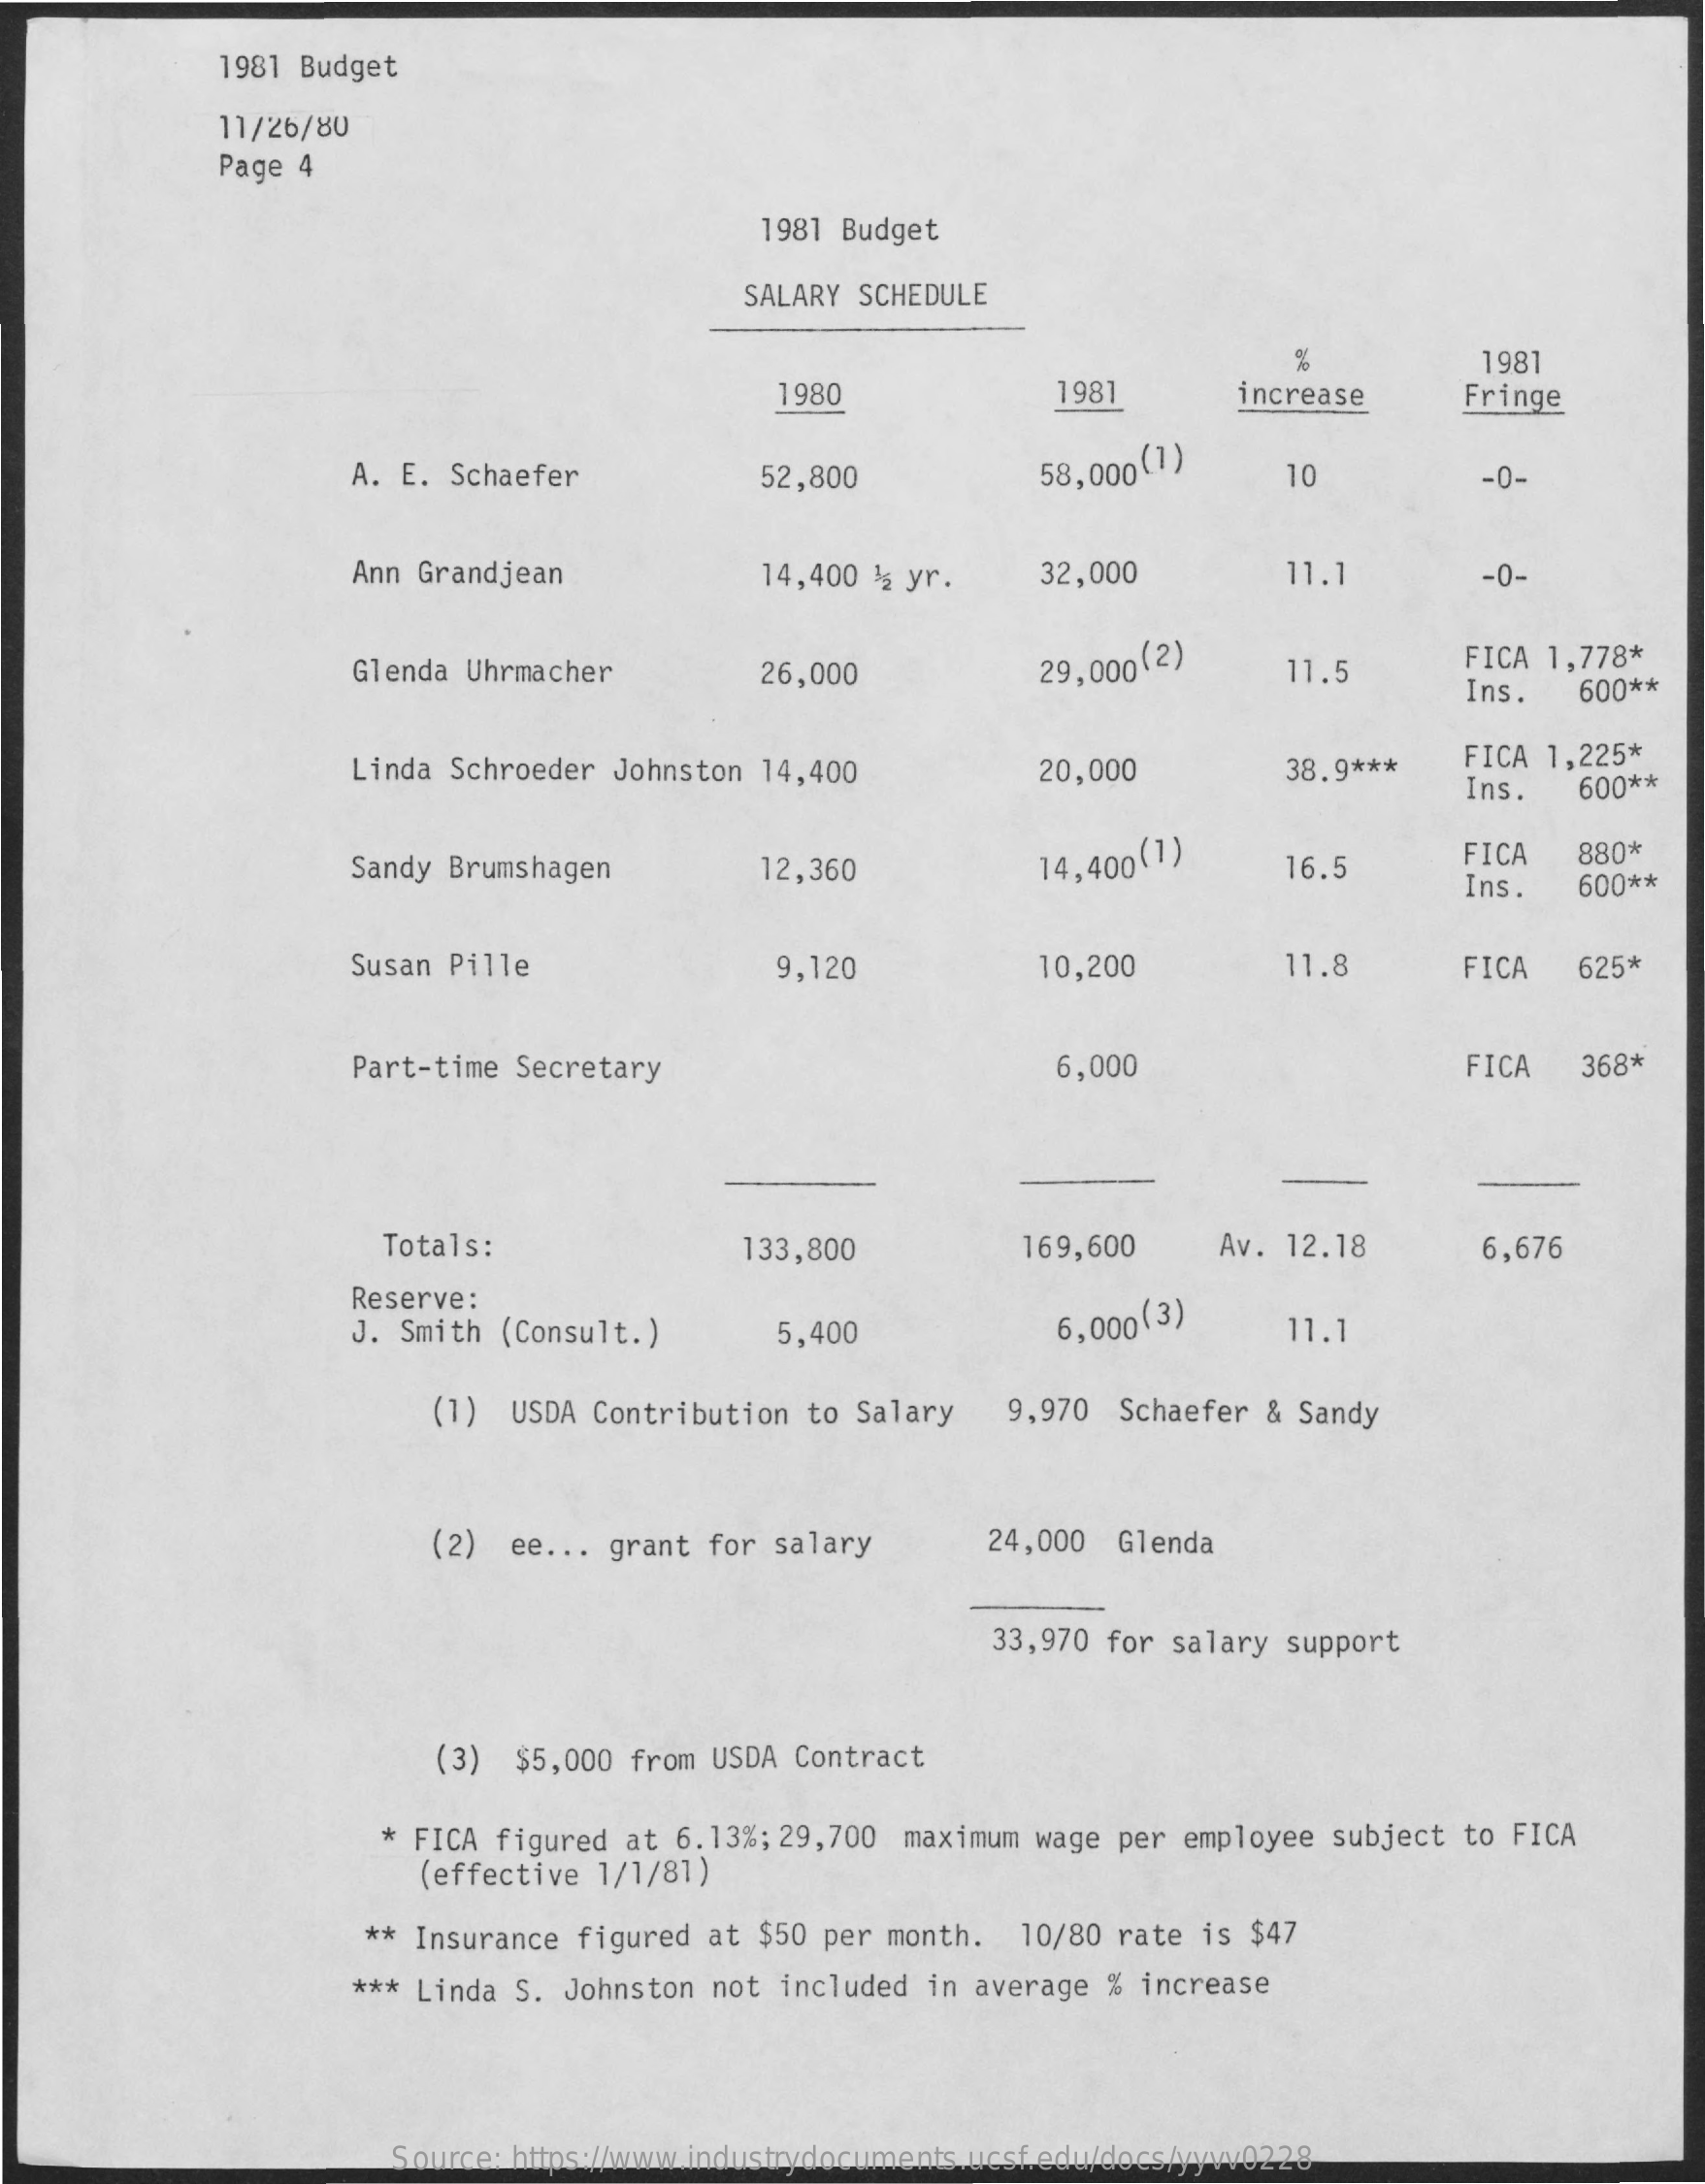
1981 Budget
     11/26/80
     Page 4
     1981 Budget
     SALARY SCHEDULE
     %    1981
     1980    1981    increase    Fringe
     A. E. Schaefer    52,800    58,000(1)    10    -0-
     Ann Grandjean    14,400 % yr.  32,000    11.1    -0-
     Glenda Uhrmacher    26,000    29,000 (2)   11.5    FICA 1,778*
     Ins. 600 **
     Linda Schroeder Johnston 14,400    20,000    38.9 *** FICA 1,225*
     Ins. 600 **
     Sandy Brumshagen    12,360    14,400 (1)   16.5    FICA 880*
     Ins.  600 **
     Susan Pille    9,120    10,200    11.8    FICA 625*
     Part-time Secretary    6,000    FICA  368*
     Totals:    133,800    169,600   Av. 12.18    6,676
     Reserve:
     J. Smith (Consult. )  5,400    6,000 (3)   11.1
     (1) USDA Contribution to Salary 9,970 Schaefer & Sandy
     (2) ee ... grant for salary 24,000 Glenda
     33,970 for salary support
     (3) $5,000 from USDA Contract
     * FICA figured at 6.13%; 29,700 maximum wage per employee subject to FICA
     (effective 1/1/81)
     ** Insurance figured at $50 per month. 10/80 rate is $47
     *** Linda S. Johnston not included in average % increase
     Source: https://www.industrydocuments.ucsf.edu/docs/yyvv0228